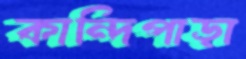
কান্দিপাড়া